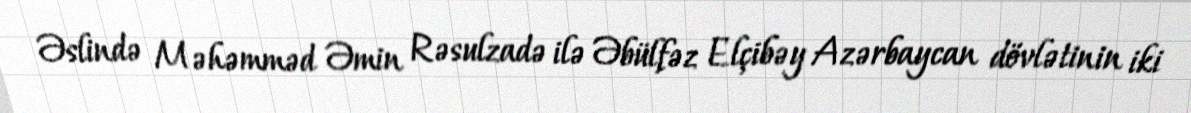
Əslində Məhəmməd Əmin Rəsulzadə ilə Əbülfəz Elçibəy Azərbaycan dövlətinin iki